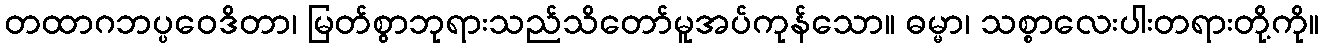
တထာဂဘပ္ပဝေဒိတာ၊ မြတ်စွာဘုရားသည်သိတော်မူအပ်ကုန်သော။ ဓမ္မာ၊ သစ္စာလေးပါးတရားတို့ကို။